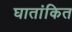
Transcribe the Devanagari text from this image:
घातांकित